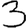
Digit: 3